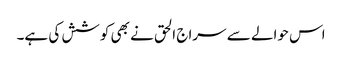
اس حوالے سے سراج الحق نے بھی کوشش کی ہے۔